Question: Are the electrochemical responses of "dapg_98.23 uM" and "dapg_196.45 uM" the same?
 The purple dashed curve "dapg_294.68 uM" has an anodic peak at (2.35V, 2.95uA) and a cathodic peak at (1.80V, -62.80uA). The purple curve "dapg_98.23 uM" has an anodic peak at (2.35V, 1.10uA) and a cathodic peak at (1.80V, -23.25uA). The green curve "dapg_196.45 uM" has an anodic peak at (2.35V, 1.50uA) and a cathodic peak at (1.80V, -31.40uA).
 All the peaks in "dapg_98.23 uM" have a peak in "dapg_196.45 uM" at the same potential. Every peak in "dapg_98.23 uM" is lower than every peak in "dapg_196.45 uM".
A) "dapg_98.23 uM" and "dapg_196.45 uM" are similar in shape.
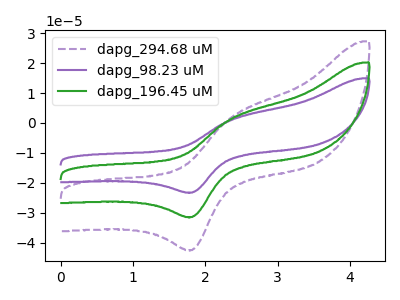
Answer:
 <answer>A) "dapg_98.23 uM" and "dapg_196.45 uM" are similar in shape.</answer>
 <eval>A</eval>